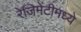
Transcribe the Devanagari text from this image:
रेजिमेंटीमध्ये